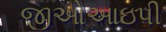
જીઓઆઇપી